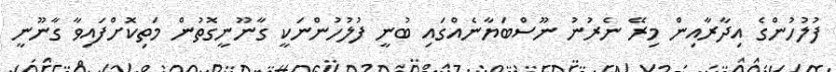
ފުލުހުންގެ އިދާރާއިން މިރޭ ނެރުނު ނޫސްބަޔާނެއްގައި ބުނީ ފުލުހުންނަކީ ގާނޫނީގޮތުން މަތިކޮށްފައިވާ ގާނޫނީ